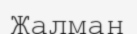
Жалман